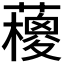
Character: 𱾵